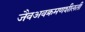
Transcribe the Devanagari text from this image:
जैवअवक्रमणशीलती